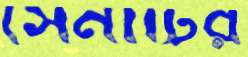
সেনাটির